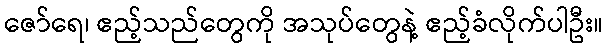
ဇော်ရေ၊ ဧည့်သည်တွေကို အသုပ်တွေနဲ့ ဧည့်ခံလိုက်ပါဦး။